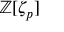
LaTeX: \mathbb { Z } [ \zeta _ { p } ]